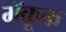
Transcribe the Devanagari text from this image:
मॅकूक